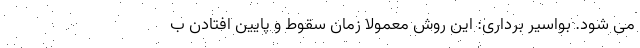
می شود. بواسير برداری: اين روش معمولاً زمان سقوط و پايين افتادن ب